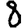
Digit: 8